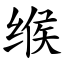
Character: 缑